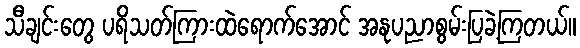
သီချင်းတွေ ပရိသတ်ကြားထဲရောက်အောင် အနုပညာစွမ်းပြခဲ့ကြတယ်။